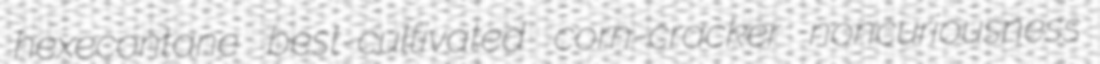
hexecontane best-cultivated corn-cracker noncuriousness